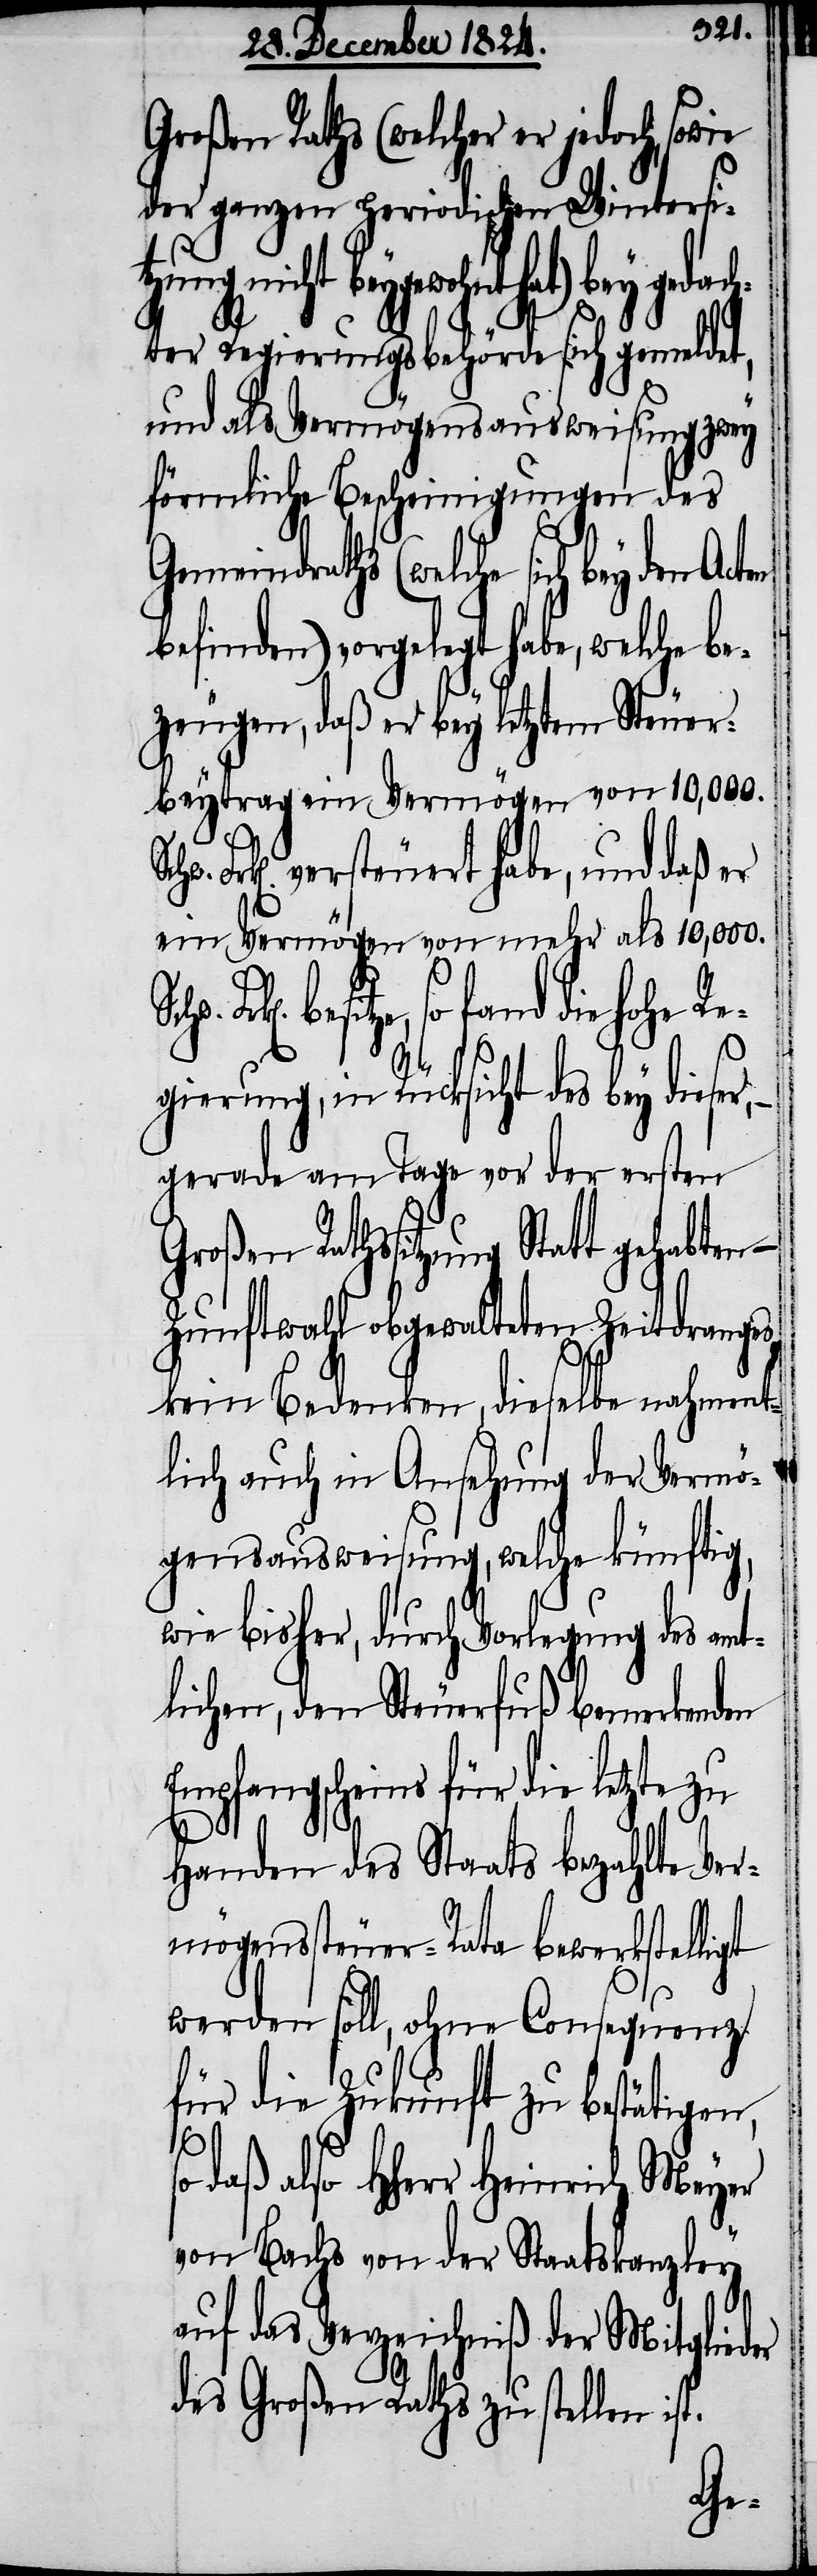
Großen Raths (welcher er jedoch,
der ganzen periodischen Wintersit¬
hnt hat) bey gedac¬
hter Regierungsbehörde sich gemeldet,
und als Vermögensausweisung zwey
förmliche Bescheinigungen des
Gemeindraths (welche sich bey den
befinden) vorgelegt habe, welche be¬
zeugen, daß er bey letztem Steuer¬
beytrag ein Vermögen von 10,000.
Frk[en]. versteuert habe, und daß er
ein Vermögen von mehr als 10,000.
besitze, so fand die hohe R¬
egierung, in Rücksicht des bey dieser, –
gerade am Tage vor der ersten
Großen Rathssitzung Statt gehabten
Zunftwahl obgewalteten Zeitdranges
kein Bedenken, dieselbe nahment¬
lich auch in Ansehung der Vermö¬
gensausweisung, welche künftig,
wie bisher, durch Vorlegung des amt¬
lichen, den Steuerfuß bemerkenden
fangsscheins für die letzte
Handen des Staats bezahlte Ver¬
mögenssteuer-Rata bewerkstelligt
werden soll, ohne Consequenz
für die Zukunft zu bestätigen,
also HHerr Heinrich Meyer
von Bachs von der Staatskanzley
auf das Verzeichniß der Mitglieder
des Großen Raths zu stellen ist.
Emp¬